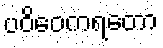
ပဝိဝေကရတော